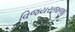
વિજયરાજજી